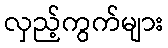
လှည့်ကွက်များ